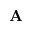
\mathbf { A }